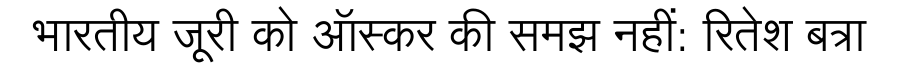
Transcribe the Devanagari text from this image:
भारतीय जूरी को ऑस्कर की समझ नहीं: रितेश बत्रा